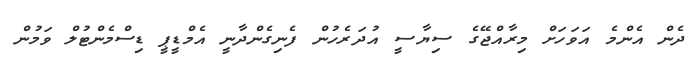
ދެން އެންމެ އަވަހަށް މިރާއްޖޭގެ ސިޔާސީ އުދަރެހުން ފެނިގެންދާނީ އެމްޑީޕީ ޑިސްމެންޓުލް ވަމުން